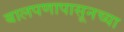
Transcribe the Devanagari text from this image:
बालपणापासूनच्या